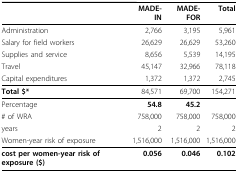
<table><thead><tr><td>[EMPTY_CELL]</td><td><b>MADE-IN</b></td><td><b>MADE-FOR</b></td><td><b>Total</b></td></tr></thead><tbody><tr><td>Administration</td><td>2,766</td><td>3,195</td><td>5,961</td></tr><tr><td>Salary for field workers</td><td>26,629</td><td>26,629</td><td>53,260</td></tr><tr><td>Supplies and service</td><td>8,656</td><td>5,539</td><td>14,195</td></tr><tr><td>Travel</td><td>45,147</td><td>32,966</td><td>78,118</td></tr><tr><td>Capital expenditures</td><td>1,372</td><td>1,372</td><td>2,745</td></tr><tr><td><b>Total $*</b></td><td>84,571</td><td>69,700</td><td>154,271</td></tr><tr><td>Percentage</td><td><b>54.8</b></td><td><b>45.2</b></td><td>[EMPTY_CELL]</td></tr><tr><td># of WRA</td><td>758,000</td><td>758,000</td><td>758,000</td></tr><tr><td>years</td><td>2</td><td>2</td><td>2</td></tr><tr><td>Women-year risk of exposure</td><td>1,516,000</td><td>1,516,000</td><td>1,516,000</td></tr><tr><td><b>cost per women-year risk of exposure ($)</b></td><td><b>0.056</b></td><td><b>0.046</b></td><td><b>0.102</b></td></tr></tbody></table>